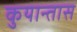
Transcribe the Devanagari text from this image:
कुयान्तास